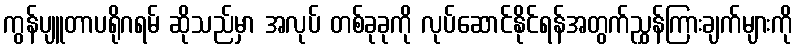
ကွန်ပျူတာပရိုဂရမ် ဆိုသည်မှာ အလုပ် တစ်ခုခုကို လုပ်ဆောင်နိုင်ရန်အတွက်ညွှန်ကြားချက်များကို